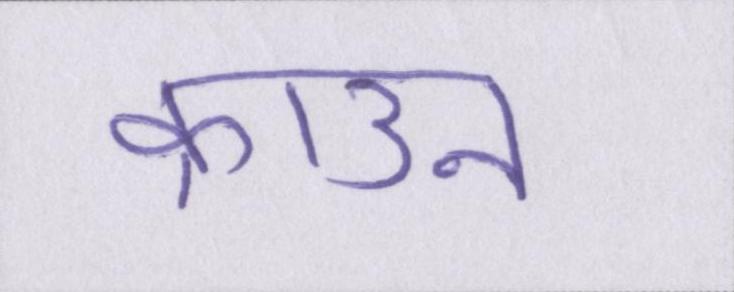
क्राउन